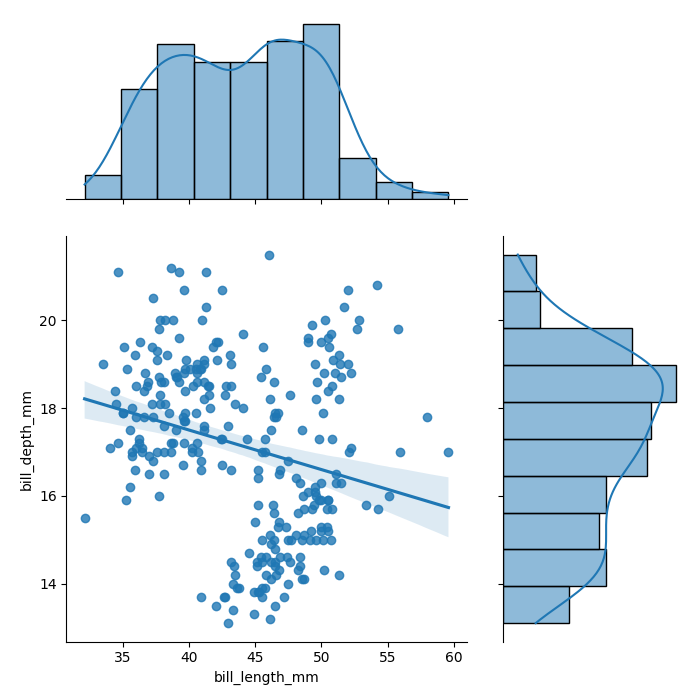
python, seaborn, jointplot, kind='reg', height='7', ratio='2', marginal_ticks='False'